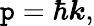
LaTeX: {\boldsymbol{\mathtt{p}}}=\hbar{\boldsymbol{k}},